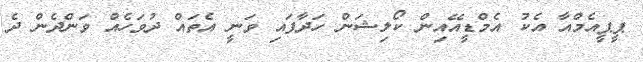
ޕީޕީއެމްއާ އެކު އެމްޑީއޭއިން ކޯލިޝަން ހަދާފައި ވަނީ އެތައް ދުވަހެއް ވަންދެން ދެ